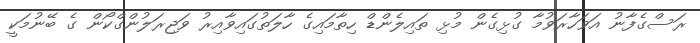
ރަސްގެފާނު އަވަހާރަވުމާ ގުޅިގެން މުޅި ތައިލެންޑް ހިތާމައިގެ ހާލަތުގައިވާއިރު ވަޖިރަލުންގްކޯން ގެ ބޭނުމަކީ